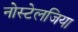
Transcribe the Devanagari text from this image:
नोस्‍टेलजिया